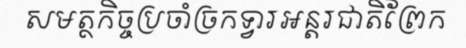
សមត្ថកិច្ចប្រចាំច្រកទ្វារអន្តរជាតិព្រែក